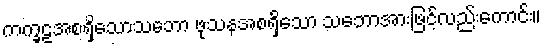
ကက္ခဠအစရှိသောသဘော ဖုသနအစရှိသော သဘောအားဖြင့်လည်းကောင်း။